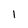
Character: I